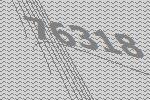
76318